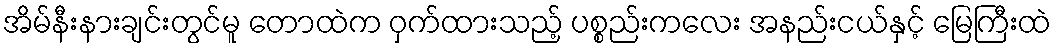
အိမ်နီးနားချင်းတွင်မူ တောထဲက ဝှက်ထားသည့် ပစ္စည်းကလေး အနည်းငယ်နှင့် မြေကြီးထဲ